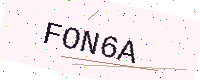
Text: FON6A